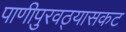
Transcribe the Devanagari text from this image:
पाणीपुरवठ्यासकट